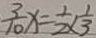
\frac { 3 } { 1 0 } x = \frac { 1 } { 2 } \times \frac { 1 } { 3 }